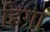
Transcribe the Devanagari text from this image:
हिगा